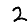
Digit: 2